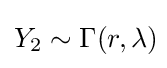
Y_{2}\sim \Gamma (r,\lambda )\!